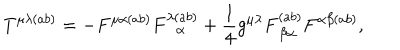
T ^ { \mu \lambda ( a b ) } = - F ^ { \mu \alpha ( a b ) } F _ { \, \, \, \, \alpha } ^ { \lambda ( a b ) } + \frac { 1 } { 4 } g ^ { \mu \lambda } F _ { \, \beta \alpha } ^ { ( a b ) } F ^ { \alpha \beta ( a b ) } ,